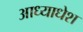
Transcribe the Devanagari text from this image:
आध्याधेश